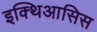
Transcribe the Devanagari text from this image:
इक्थिआसिस